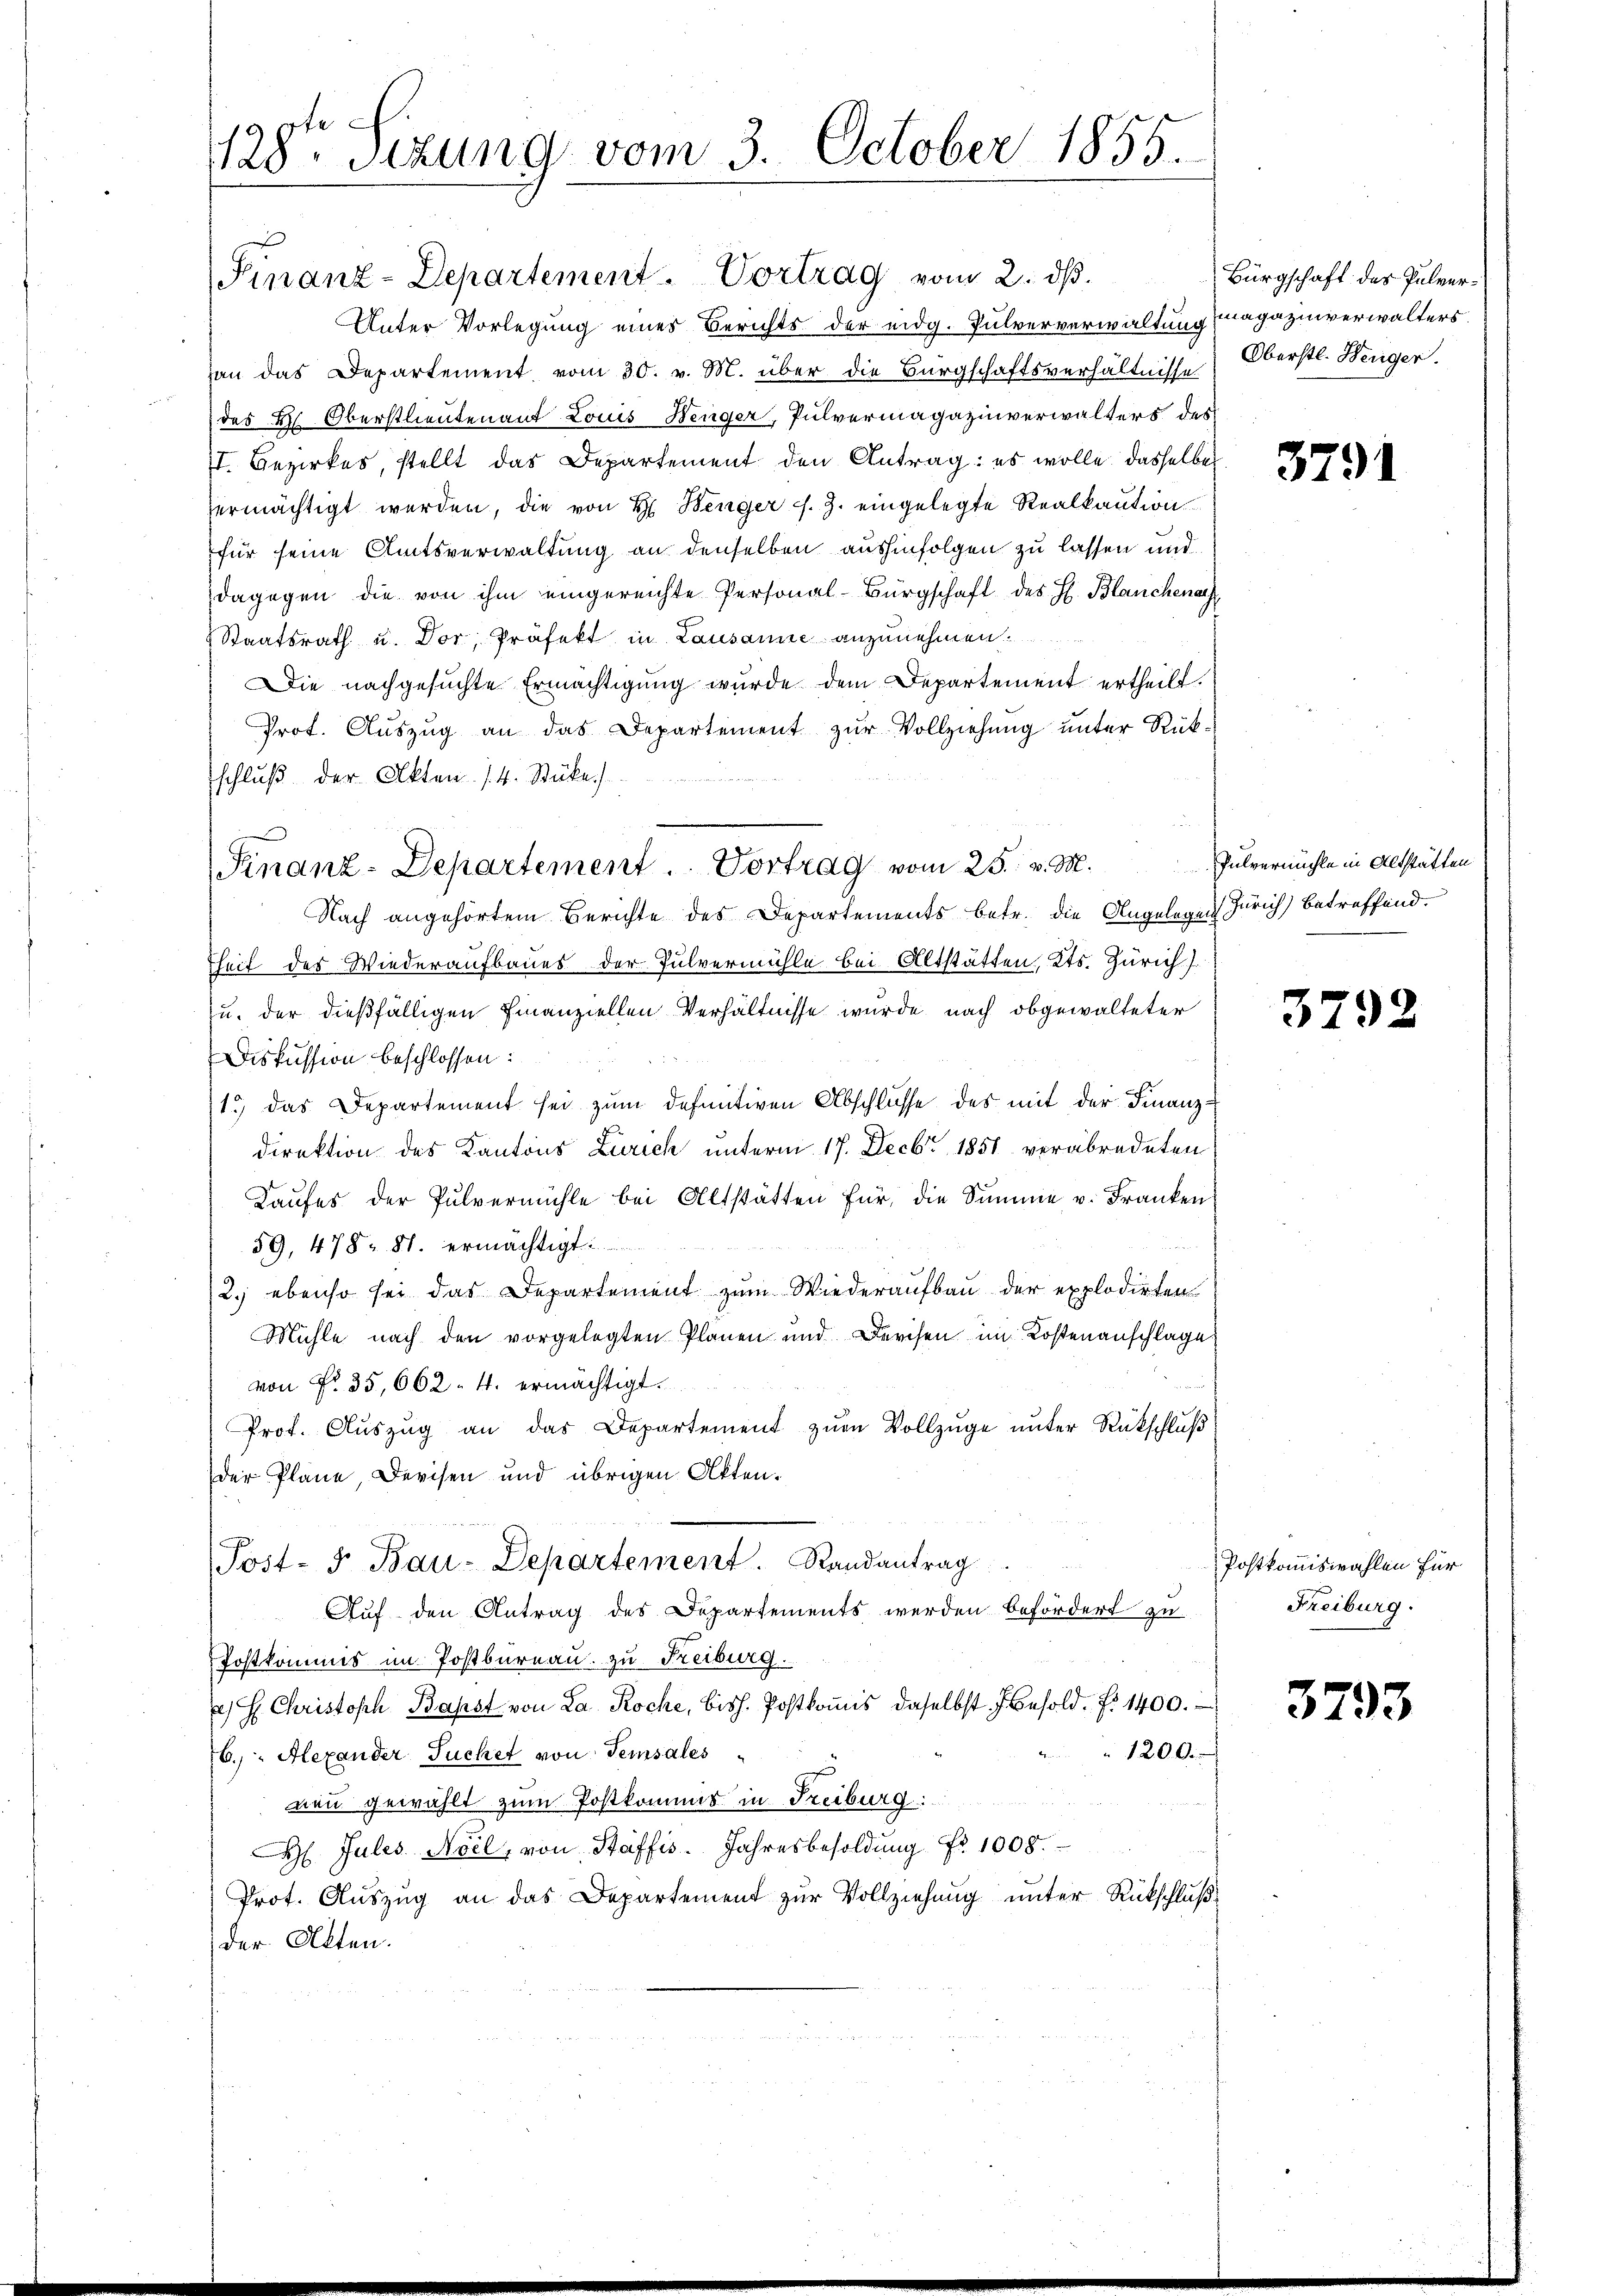
te
128. Sitzung vom 3. October 1855.

Unter Vorlegung eines Berichts der eidg. Pulververwaltung magazinverwalters.
han das Departement vom 30. v. M. über die Bürgschaftsverhältnisse
(des H. Oberstlieutenant Louis Denger, Pulvermagazinverwalters des
t. Bezirkes, stellt das Departement den Antrag: es wolle dasselbe
ermächtigt werden, die von H. Benger J. J. eingelegte Realkaution
für seine Amtsverwaltung an denselben aushinfolgen zu lassen und
dagegen die von ihm eingereichte Personal-Bürgschaft des H. Blanchensch
Staatsrath u. Dor, Präfekt in Lausanne anzunehmen.
Die nachgesuchte Ermächtigung wurde dem Departement ertheilt.
Prot. Aŭszŭg an das Departement zŭr Vollziehŭng ŭnter Rück-
schluß der Akten 14. Stücke)
Nach angehörtem Berichte des Departements betr. die Angeleges Zürich) betreffend.
heit des Wiederaufbaues der Pulvermühle bei Altstätten, Kts. Zürich
u. der dießfälligen Finanziellen Verhältnisse wurde nach obgewalteter
Diskussion beschlossen:
13) das Departement sei zŭm definitiven Abschlüsse des mit der Finanz-
direktion des Kantons Zürich unterm 17. Decbr 1858 verabredeten
Kaufes der Pulvermühle bei Altstätten für die Summe v. Franken
59, 478. 81. ermächtigt.
2.) ebenso sei das Departement zum Wiederaufbau der explodirten
Mühle nach den vorgelegten Planen und Devisen im Kostenanschlage
von Nr. 35,662. 4. ermächtigt.
Prot. Auszug an das Departement zum Vollzuge unter Rückschluß
der Plane, Devisen und übrigen Akten.
(Post- 5. Bau-Departement. Randantrag
Auf den Antrag des Departements werden befördert zu
Postkommis im Postbureau zu Freiburg
e H. Christoph Papst von La Roche, bish. Postkoṁis daselbst Besold. d. 1400.
1200.
6. " Alexander Suchet von Temsales
nen gewählt zum Postkommis in Freiburg:
 Jules Noel, von Staffis. Jahresbesoldung Nr. 1008.
Prot. Auszug an das Departement zur Vollziehung unter Rückschluß
der Akten.

Finanz-Departement. Vortrag vom 2. dβ.

Finanz-Departement ..  Vortrag vom 25. v. M. Pulvermühle in Altstätten

Bürgschaft des Pulver¬
Oberstl. Benger.

3791

3792

Postkommiswahlen für
Freiburg.

3793